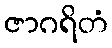
ဇာဂရိတံ